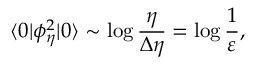
\langle 0 | \phi _ { \eta } ^ { 2 } | 0 \rangle \sim \log \frac { \eta } { \Delta \eta } = \log \frac { 1 } { \varepsilon } ,